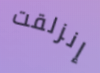
إنزلقت